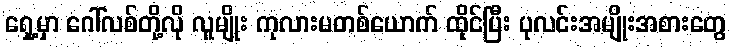
ရှေ့မှာ ဂေါ်လစ်တို့လို လူမျိုး ကုလားမတစ်ယောက် ထိုင်ပြီး ပုလင်းအမျိုးအစားတွေ